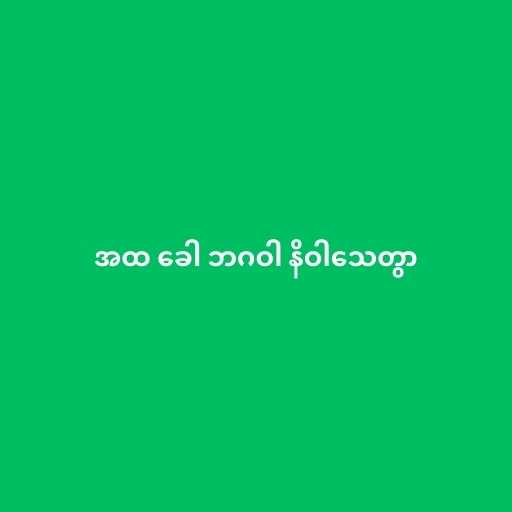
အထ ခေါ ဘဂဝါ နိဝါသေတွာ